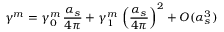
\gamma ^ { m } = \gamma _ { 0 } ^ { m } \, \frac { \alpha _ { s } } { 4 \pi } + \gamma _ { 1 } ^ { m } \, \left( \frac { \alpha _ { s } } { 4 \pi } \right) ^ { 2 } + { \cal O } ( \alpha _ { s } ^ { 3 } )